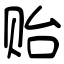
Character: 贻